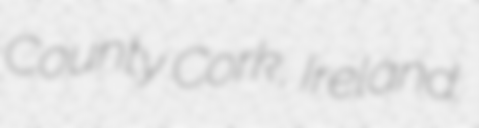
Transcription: County Cork, Ireland.